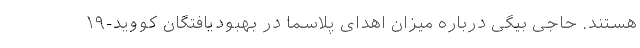
هستند. حاجی بیگی درباره میزان اهدای پلاسما در بهبودیافتگان کووید-۱۹